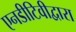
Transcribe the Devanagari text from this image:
एनडीटिवीद्वारा